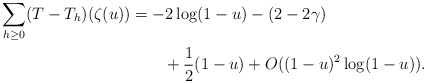
\begin{align*} \begin{aligned} \sum_{h\ge 0}(T-T_h)(\zeta(u))&=-2\log(1-u)-(2-2\gamma)\\ &\qquad+\frac12(1-u)+O((1-u)^2\log(1-u)). \end{aligned} \end{align*}